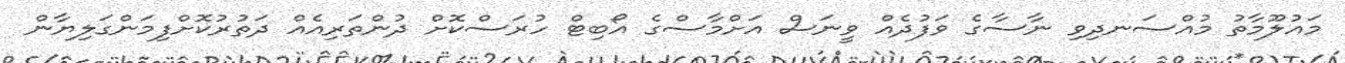
މައުލޫމާތު މުއްސަނދިވި ނާސާގެ ވަފުދެއް ވީނަސް އަށްމާސްގެ އޯބިޓް ހުރަސްކޮށް ދުންތަރިއެއް ދަތުރުކޮށްފިމަންގަލިޔާން